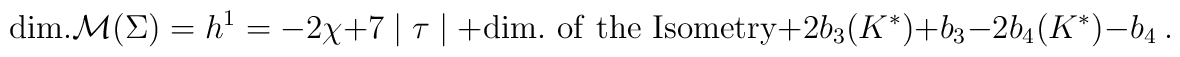
{\rm dim.} {\cal M}(\Sigma)= h^1 = -2 \chi + 7 \mid \tau \mid + {\rm dim.~of{}~the~Isometry}+2b_3(K^\ast)+b_3  - 2b_4(K^\ast)-b_4  \ .